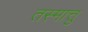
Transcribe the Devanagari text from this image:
तस्मात्तु